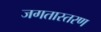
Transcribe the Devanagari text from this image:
जगतास्तरण